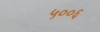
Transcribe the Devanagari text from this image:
५००६